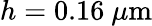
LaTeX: h=0.16~\mu\textrm{m}